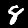
Label: 8